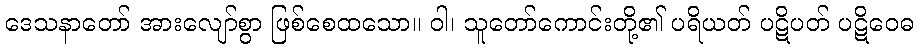
ဒေသနာတော် အားလျော်စွာ ဖြစ်စေထသော။ ဝါ၊ သူတော်ကောင်းတို့၏ ပရိယတ် ပဋိပတ် ပဋိဝေဓ